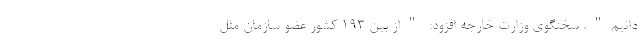
دانیم". سخنگوی وزارت خارجه افزود: "از بین ۱۹۳ کشور عضو سازمان ملل